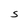
Character: S